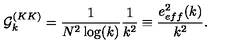
{ \cal G } _ { k } ^ { ( K K ) } = \frac { 1 } { N ^ { 2 } \log ( k ) } \frac { 1 } { k ^ { 2 } } \equiv \frac { e _ { e f f } ^ { 2 } ( k ) } { k ^ { 2 } } .